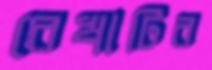
রেখাটির